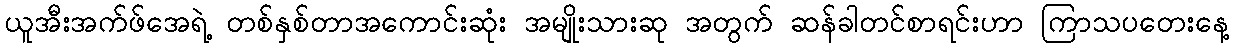
ယူအီးအက်ဖ်အေရဲ့ တစ်နှစ်တာအကောင်းဆုံး အမျိုးသားဆု အတွက် ဆန်ခါတင်စာရင်းဟာ ကြာသပတေးနေ့